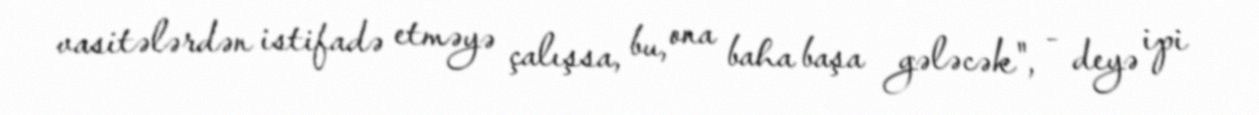
vasitələrdən istifadə etməyə çalışsa, bu, ona baha başa gələcək", - deyə ipi